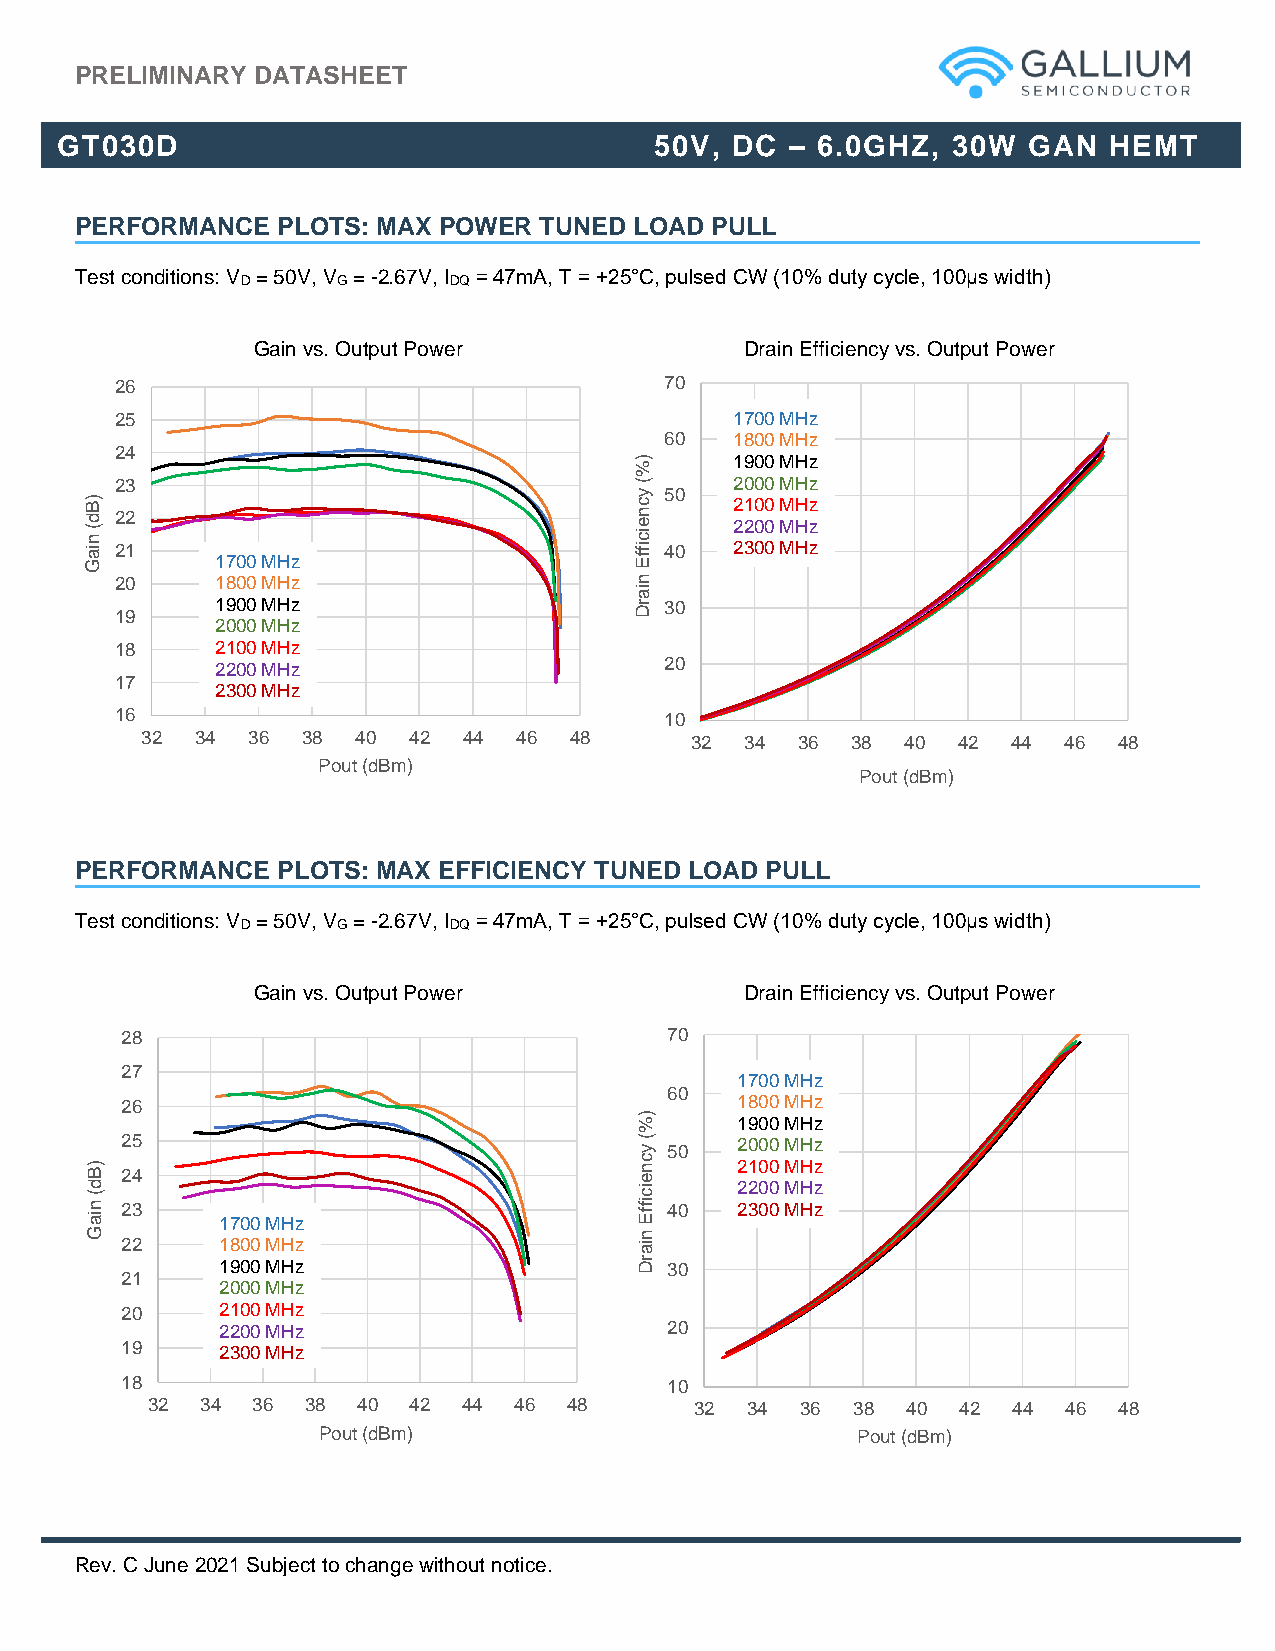
PRELIMINARY DATASHEET
 GT030D                                 50V, DC  – 6.0GHZ,  30W  GAN  HEMT
 PERFORMANCE  PLOTS: MAX POWER  TUNED LOAD PULL
 Test conditions: V = 50V, V = -2.67V, I = 47mA, T = +25°C, pulsed CW (10% duty cycle, 100μs width)
 D     G       DQ
 Gain vs. Output Power           Drain Efficiency vs. Output Power
 26                                  70
 25                                       1700 MHz
 60   1800 MHz
 24
 )      1900 MHz
 %
 )B
 23                                (
 y c 50
 2 20 10 00
 0
 M MH Hz
 z
 d (
 n ia
 G
 22 12
 1700 MHz
 n e ic
 iffE 40
 2
 2
 2 30 00
 0
 M MH Hz
 z
 20    1800 MHz                    n
 ia
 19
 1900 MHz                    rD 30
 2000 MHz
 18    2100 MHz
 2200 MHz                      20
 17
 2300 MHz
 16                                  10
 32  34 36  38  40 42  44 46  48      32 34  36 38  40 42  44 46  48
 Pout (dBm)
 Pout (dBm)
 PERFORMANCE  PLOTS: MAX EFFICIENCY TUNED LOAD PULL
 Test conditions: V = 50V, V = -2.67V, I = 47mA, T = +25°C, pulsed CW (10% duty cycle, 100μs width)
 D     G       DQ
 Gain vs. Output Power           Drain Efficiency vs. Output Power
 28                                  70
 27
 1700 MHz
 60
 26                                       1800 MHz
 ) %    1900 MHz
 25                                (
 y 50
 2000 MHz
 )B d (
 n
 ia
 22 34
 1700 MHz
 c n e ic
 iffE 40
 2 2 21 2 30 0 00 0
 0
 M M MH H Hz z
 z
 G                                   n
 22     1800 MHz                   ia
 1900 MHz                   rD 30
 21
 2000 MHz
 20     2100 MHz
 2200 MHz                     20
 19     2300 MHz
 18                                  10
 32 34  36 38  40 42  44 46  48      32 34  36 38  40  42 44  46 48
 Pout (dBm)                          Pout (dBm)
 Rev. C June 2021 Subject to change without notice.